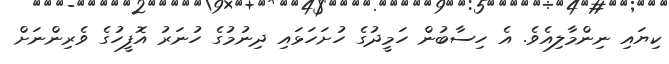
ކިޔައި ނިންމާލިއެވެ. އެ ހިސާބުން ހަމީދުގެ ހުށަހަޅައި ދިނުމުގެ ހުނަރު އޮފީހުގެ ވެރިންނަށް